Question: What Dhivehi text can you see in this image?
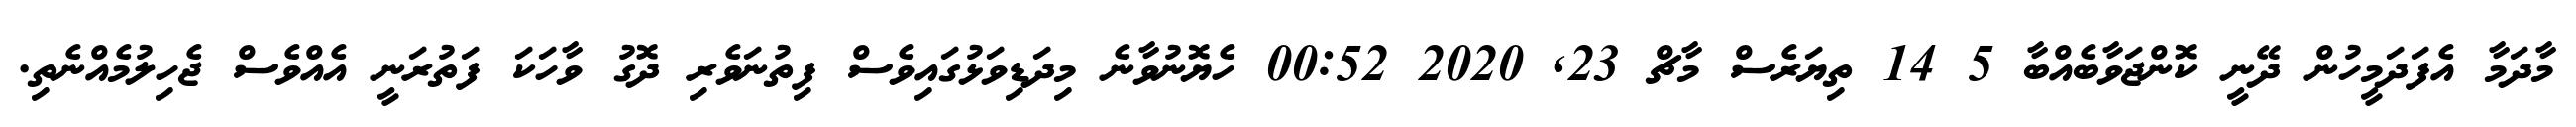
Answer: މާދަމާ އެފަދަމީހުން ދޭނީ ކޮންޖަވާބެއްބާ 5 14 ތިޔަރެސް މާޗް 23, 2020 00:52 ހެޔޮނުވާނެ މިދަޑިވަޅުގައިވެސް ފިތުނަވެރި ދޮގު ވާހަކަ ފަތުރަނީ އެއްވެސް ޖެހިލުމެއްނެތި.